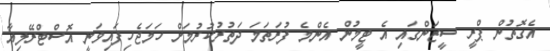
އެގޮތުން ޕްރީ ސީޒަންގައި އެ ޓީމުން އެންމެ ފުރަތަމަ ދަތުރުކުރުމަށް ހަމަޖެހިފައިވަނީ އޮސްޓްރޭލިއާ